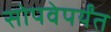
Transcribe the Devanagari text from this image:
सोपवेपर्यंत